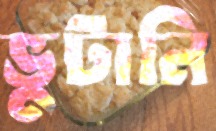
ভুটানি